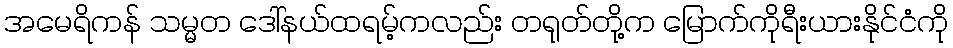
အမေရိကန် သမ္မတ ဒေါ်နယ်ထရမ့်ကလည်း တရုတ်တို့က မြောက်ကိုရီးယားနိုင်ငံကို